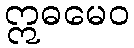
ဣဓမေဝ